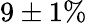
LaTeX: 9\pm 1\%